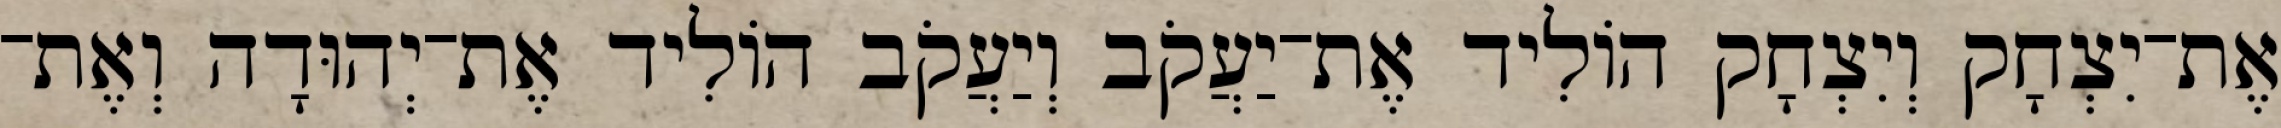
אֶת־יִצְחָק וְיִצְחָק הוֹלִיד אֶת־יַעֲקֹב וְיַעֲקֹב הוֹלִיד אֶת־יְהוּדָה וְאֶת־